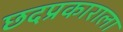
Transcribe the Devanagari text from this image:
छदप्रकाराला